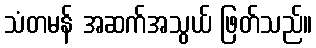
သံတမန် အဆက်အသွယ် ဖြတ်သည်။